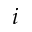
i